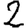
Digit: 2